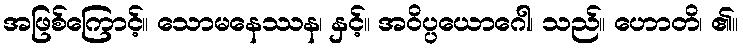
အဖြစ်ကြောင့်။ သောမနေဿန၊ နှင့်။ အဝိပ္ပယောဂေါ၊ သည်။ ဟောတိ၊ ၏။